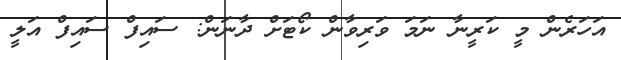
އަހަރެން މީ ކަރީނާ ނަމަ ވަރިވާން ކޯޓަށް ދާނަން: ސައިފް ސައިފް އަލީ